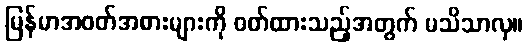
မြန်မာအဝတ်အစားများကို ဝတ်ထားသည့်အတွက် မသိသာလှ။